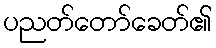
ပညတ်တော်ခေတ်၏